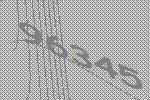
96345